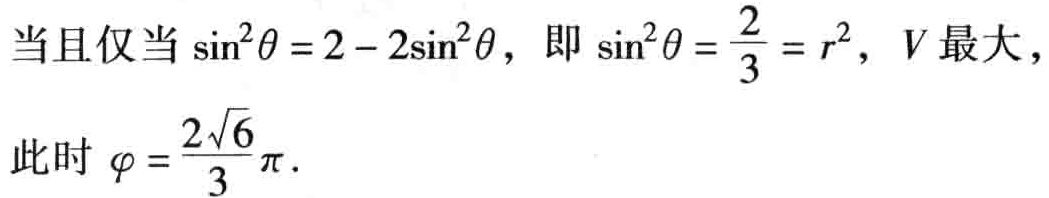
当且仅当\(\sin^{2}\theta = 2 - 2\sin^{2}\theta\)，即\(\sin^{2}\theta = \frac{2}{3} = r^{2}\)，\(V\)最大，

此时\(\varphi = \frac{2\sqrt{6}}{3}\pi\).